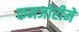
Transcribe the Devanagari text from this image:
कमजोरीमें